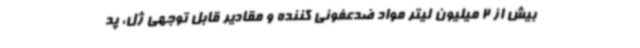
بیش از 2 میلیون لیتر مواد ضدعفونی کننده و مقادیر قابل توجهی ژل، پد